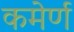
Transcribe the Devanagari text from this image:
कमेर्ण